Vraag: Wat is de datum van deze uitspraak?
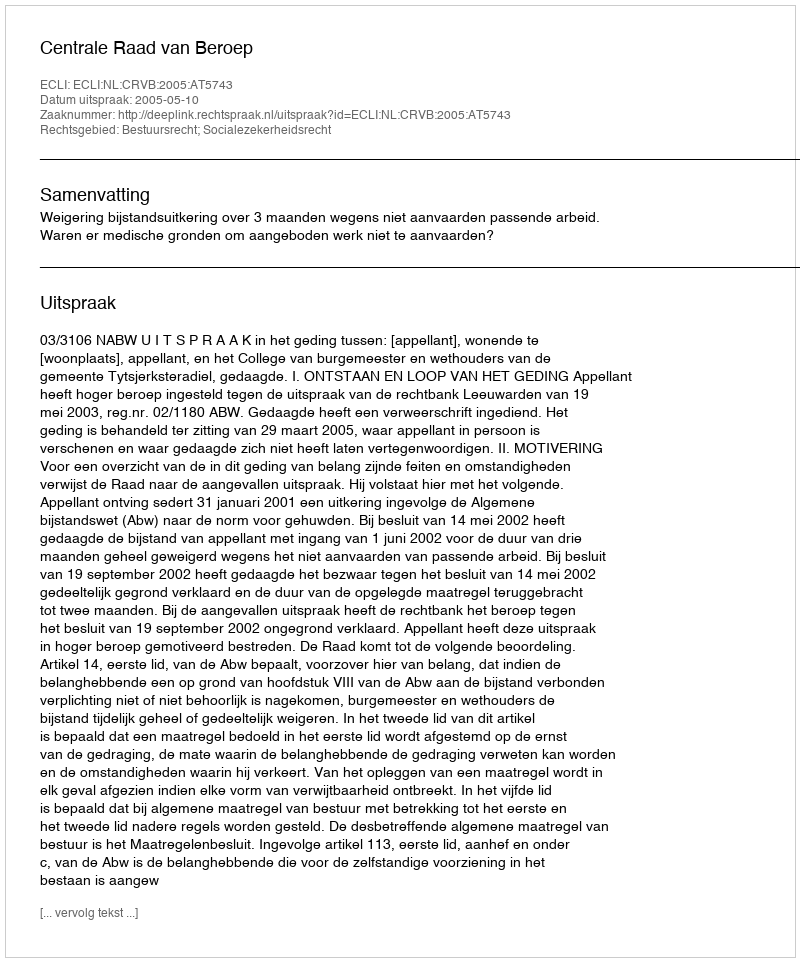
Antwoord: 2005-05-10